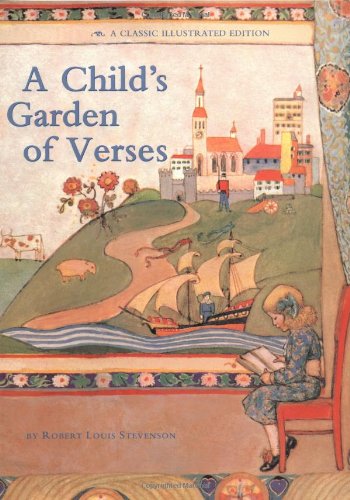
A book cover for A Child's Garden of Verses: A Classic Illustrated edition; Robert Louis Stevenson; Children's Books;